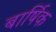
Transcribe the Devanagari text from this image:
बार्षिक